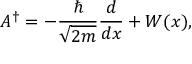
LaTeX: A ^ { \dagger } = - { \frac { \hbar } { \sqrt { 2 m } } } { \frac { d } { d x } } + W ( x ) ,